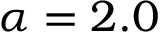
\alpha = 2 . 0